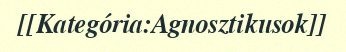
[[Kategória:Agnosztikusok]]